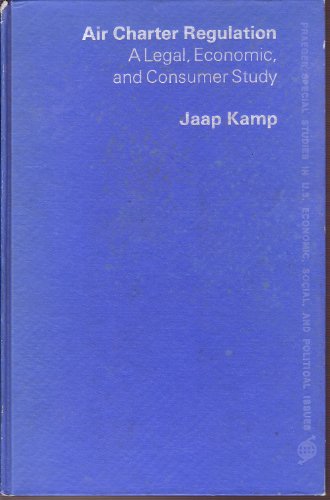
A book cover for Air Charter Regulation (Praeger special studies in U.S. economic, social, and political issues); J. Kamp; Law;